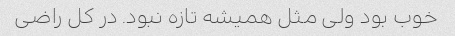
خوب بود ولی مثل همیشه تازه نبود. در کل راضی